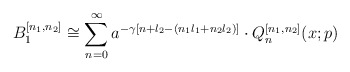
\begin{align*}B_1^{[n_1,n_2]} \cong \sum^{\infty}_{n=0} a^{-\gamma[n+l_2-(n_1l_1+n_2l_2)]}\cdot Q_n^{[n_1,n_2]}(x;p)\end{align*}